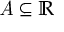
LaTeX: { \mathit { A } } \subseteq \mathbb { R }